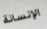
الإنسانة